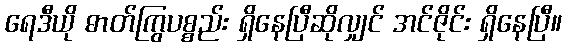
ရေဒီယို ဓာတ်ကြွပစ္စည်း ရှိနေပြီဆိုလျှင် အင်ဇိုင်း ရှိနေပြီ။